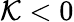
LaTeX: \mathcal{K}<0